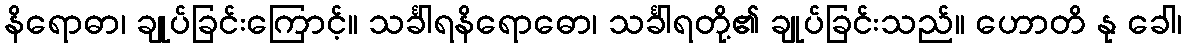
နိရောဓာ၊ ချုပ်ခြင်းကြောင့်။ သင်္ခါရနိရောဓော၊ သင်္ခါရတို့၏ ချုပ်ခြင်းသည်။ ဟောတိ နု ခေါ၊